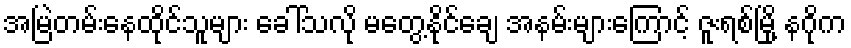
အမြဲတမ်းနေထိုင်သူများ ခေါ်သလို မတွေ့နိုင်ချေ အနမ်းများကြောင့် ဇူးရစ်မြို့ နဂိုက